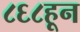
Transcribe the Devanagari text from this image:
८६८हून